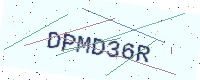
Text: DPMD36R